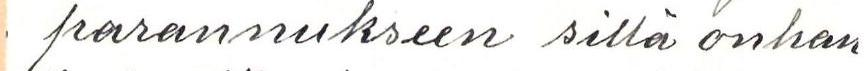
parannukseen sillä onhan